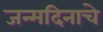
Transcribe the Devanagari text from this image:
जन्मदिनाचे